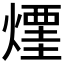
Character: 𰟜